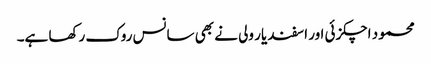
محمود اچکزئی اور اسفند یار ولی نے بھی سانس روک رکھا ہے۔